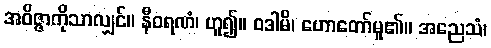
အဝိဇ္ဇာကိုသာလျှင်။ နီဝရဏံ၊ ဟူ၍။ ဝဒါမိ၊ ဟောတော်မူ၏။ အညေသံ၊